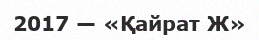
2017 — «Қайрат Ж»